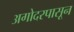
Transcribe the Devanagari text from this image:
अगोदरपासून